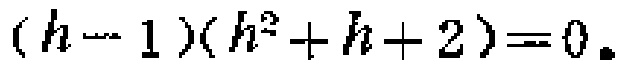
\((h - 1)(h^{2}+h + 2)=0\)